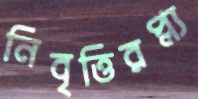
নিবৃত্তিরপ্ল্য